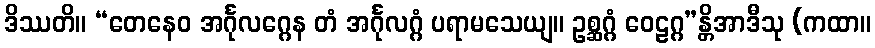
ဒိဿတိ။ “တေနေဝ အင်္ဂုလဂ္ဂေန တံ အင်္ဂုလဂ္ဂံ ပရာမသေယျ။ ဥစ္ဆဂ္ဂံ ဝေဠဂ္ဂ”န္တိအာဒီသု (ကထာ။